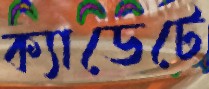
ক্যাডেটে